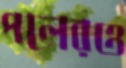
পলেরও